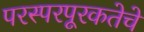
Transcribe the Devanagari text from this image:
परस्परपूरकतेचे